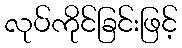
လုပ်ကိုင်ခြင်းဖြင့်